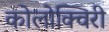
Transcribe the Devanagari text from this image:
कोलोक्विरी